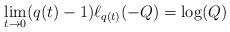
LaTeX: \begin{align*} \lim_{t \to 0} (q(t)-1) \ell_{q(t)}(-Q) = \log(Q) \end{align*}